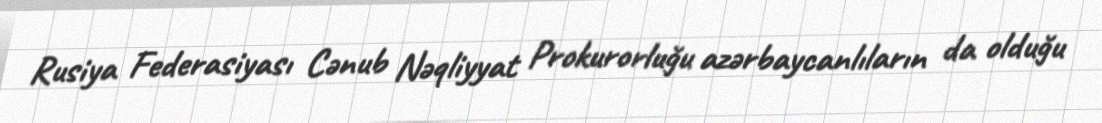
Rusiya Federasiyası Cənub Nəqliyyat Prokurorluğu azərbaycanlıların da olduğu